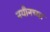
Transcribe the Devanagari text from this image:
नयीनच्या